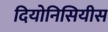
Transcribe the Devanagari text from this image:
दियोनिसियीस